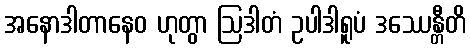
အနောဒါတာနေဝ ဟုတွာ ဩဒါတံ ဥပါဒါရူပံ ဒဿေန္တီတိ